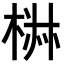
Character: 𣓙